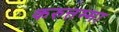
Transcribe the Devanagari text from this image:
करुत्तम्मा